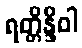
ရတ္တိန္ဒိဝါ